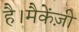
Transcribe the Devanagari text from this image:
है।मैकेंज़ी